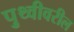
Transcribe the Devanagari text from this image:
पृुथ्वीवरील